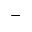
^ { - }